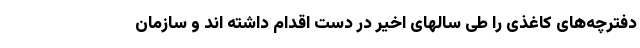
دفترچه‌های کاغذی را طی سالهای اخیر در دست اقدام داشته اند و سازمان